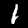
Label: 1